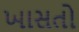
ખાસતો